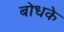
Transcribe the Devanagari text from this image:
बोधके